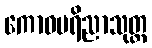
ကောဓပရိညာသုတ္တ